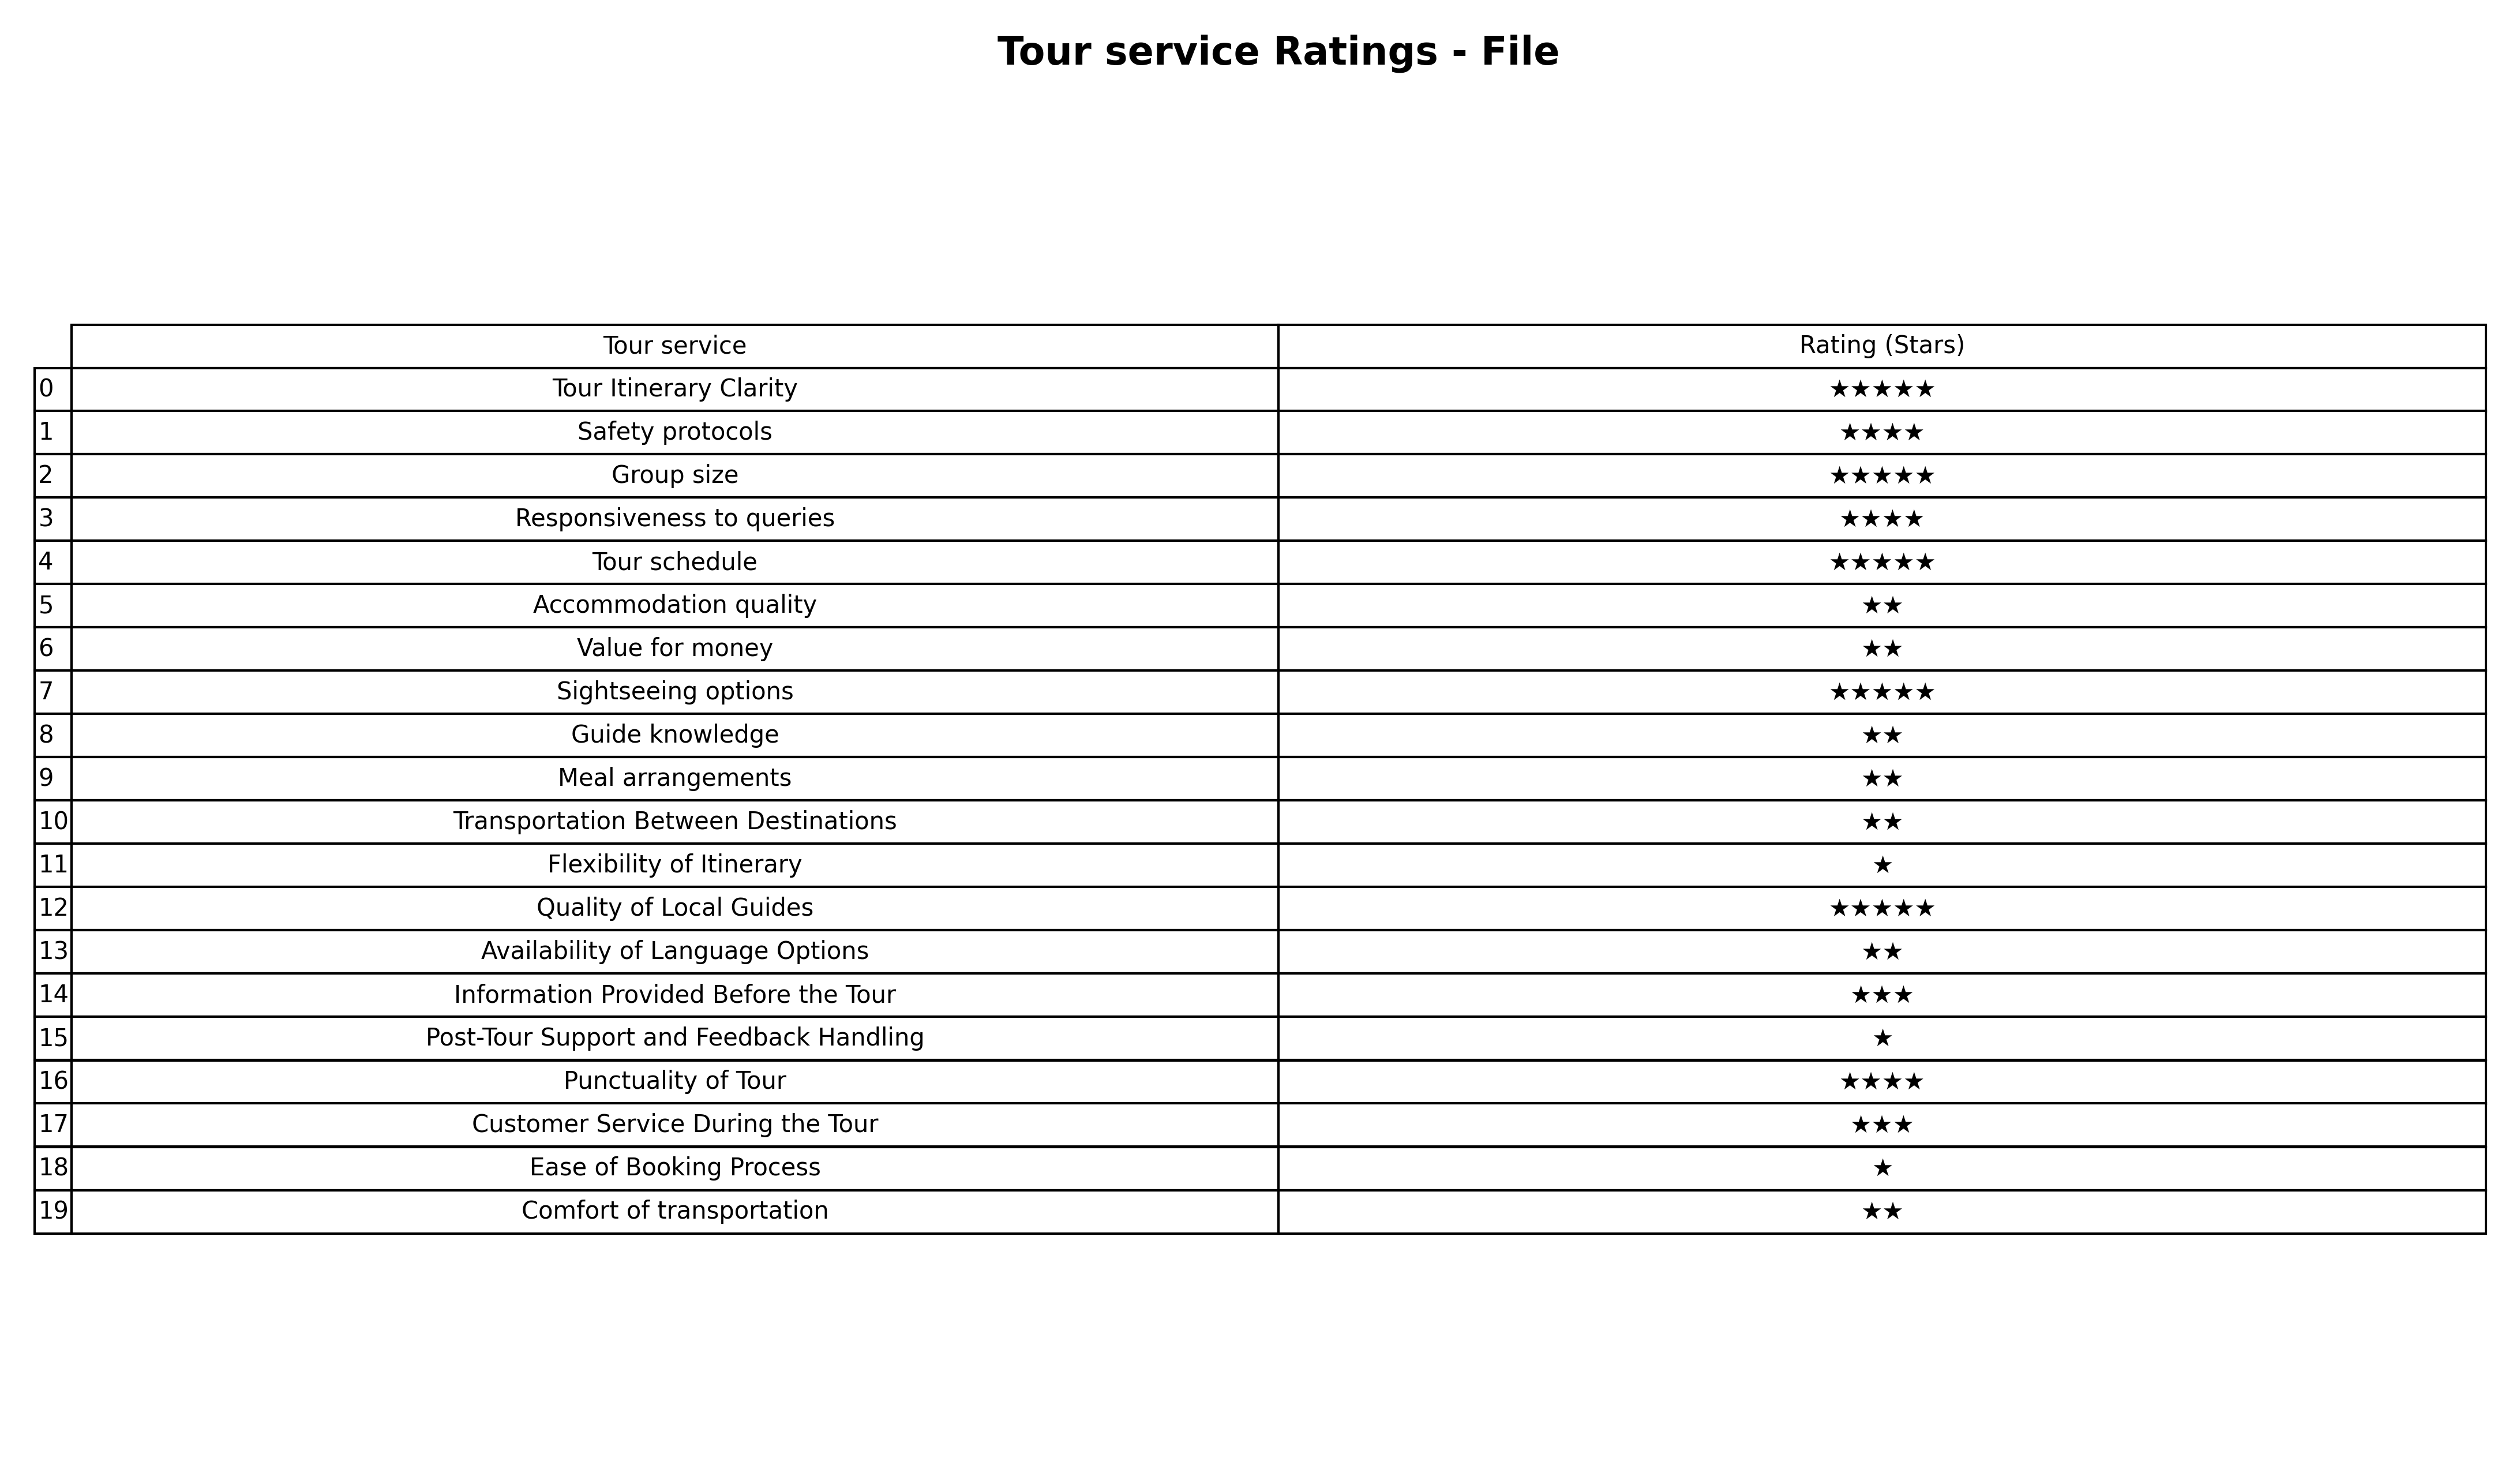
question: Which services are rated average?
answer: Information Provided Before the TourCustomer Service During the Tour